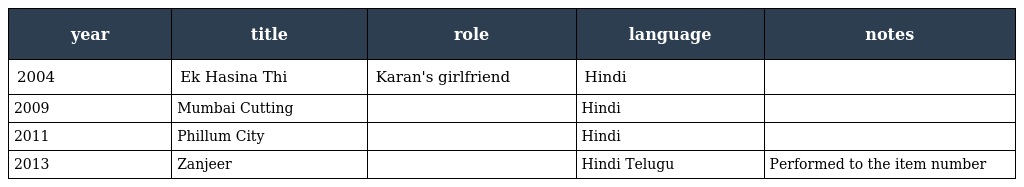
| year | title | role | language | notes |
 | --- | --- | --- | --- | --- |
 | 2004 | Ek Hasina Thi | Karan's girlfriend | Hindi |  |
 | 2009 | Mumbai Cutting |  | Hindi |  |
 | 2011 | Phillum City |  | Hindi |  |
 | 2013 | Zanjeer |  | Hindi Telugu | Performed to the item number |